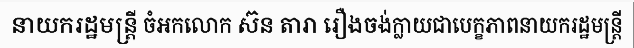
នាយករដ្ឋមន្ត្រី ចំអកលោក ស៊ន តារា រឿងចង់ក្លាយជាបេក្ខភាពនាយករដ្ឋមន្ត្រី